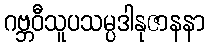
ဂဗ္ဘဝီသူပသမ္ပဒါနုဇာနနာ